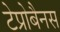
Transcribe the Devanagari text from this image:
टेप्रोबैनस